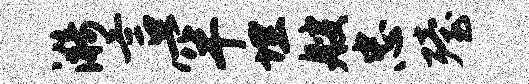
漪言罕埋艘忠殪